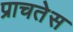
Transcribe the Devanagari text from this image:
प्राचतेस